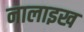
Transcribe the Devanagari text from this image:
नालाइख